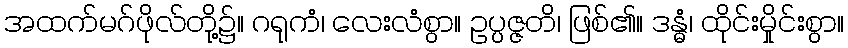
အထက်မဂ်ဖိုလ်တို့၌။ ဂရုကံ၊ လေးလံစွာ။ ဥပ္ပဇ္ဇတိ၊ ဖြစ်၏။ ဒန္ဓံ၊ ထိုင်းမှိုင်းစွာ။